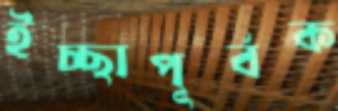
ইচ্ছাপূর্বক